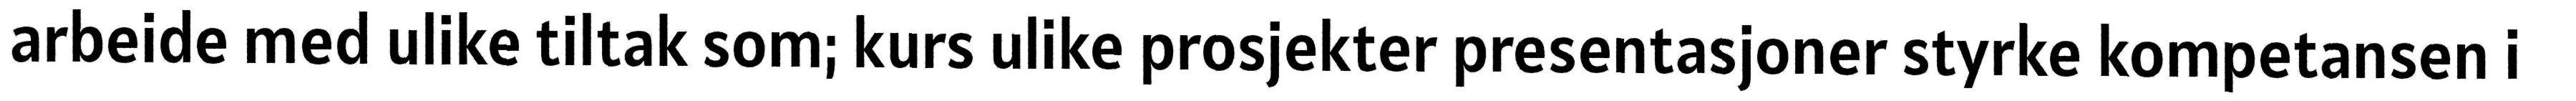
arbeide med ulike tiltak som; kurs ulike prosjekter presentasjoner styrke kompetansen i